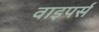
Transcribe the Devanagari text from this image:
वाइपर्स